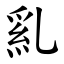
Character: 乿